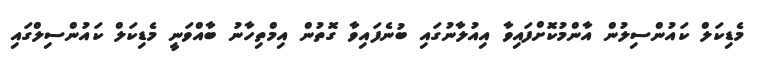
މެޑިކަލް ކައުންސިލުން އާންމުކޮށްފައިވާ އިއުލާނުގައި ބުނެފައިވާ ގޮތުން އިމްތިހާނު ބާއްވަނީ މެޑިކަލް ކައުންސިލްގައި